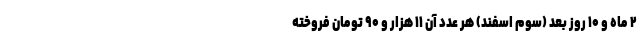
۲ ماه و ۱۰ روز بعد (سوم اسفند) هر عدد آن ۱۱ هزار و ۹۰ تومان فروخته